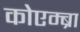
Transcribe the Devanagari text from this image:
कोएम्ब्रा